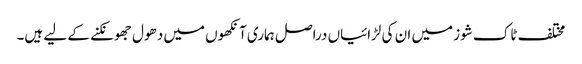
مختلف ٹاک شوز میں ان کی لڑائیاں دراصل ہماری آنکھوں میں دھول جھونکنے کے لیے ہیں۔